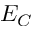
E _ { C }